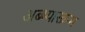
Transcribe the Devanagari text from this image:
अब्भ्यास्क्रम